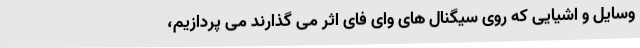
وسایل و اشیایی که روی سیگنال های وای فای اثر می گذارند می پردازیم،